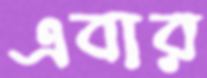
এবার